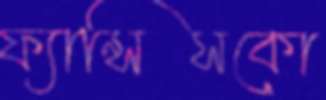
ফ্যান্সিসকো